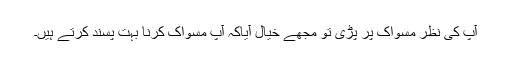
آپ کی نظر مسواک پر پڑی تو مجھے خیال آیاکہ آپ مسواک کرنا بہت پسند کرتے ہیں۔